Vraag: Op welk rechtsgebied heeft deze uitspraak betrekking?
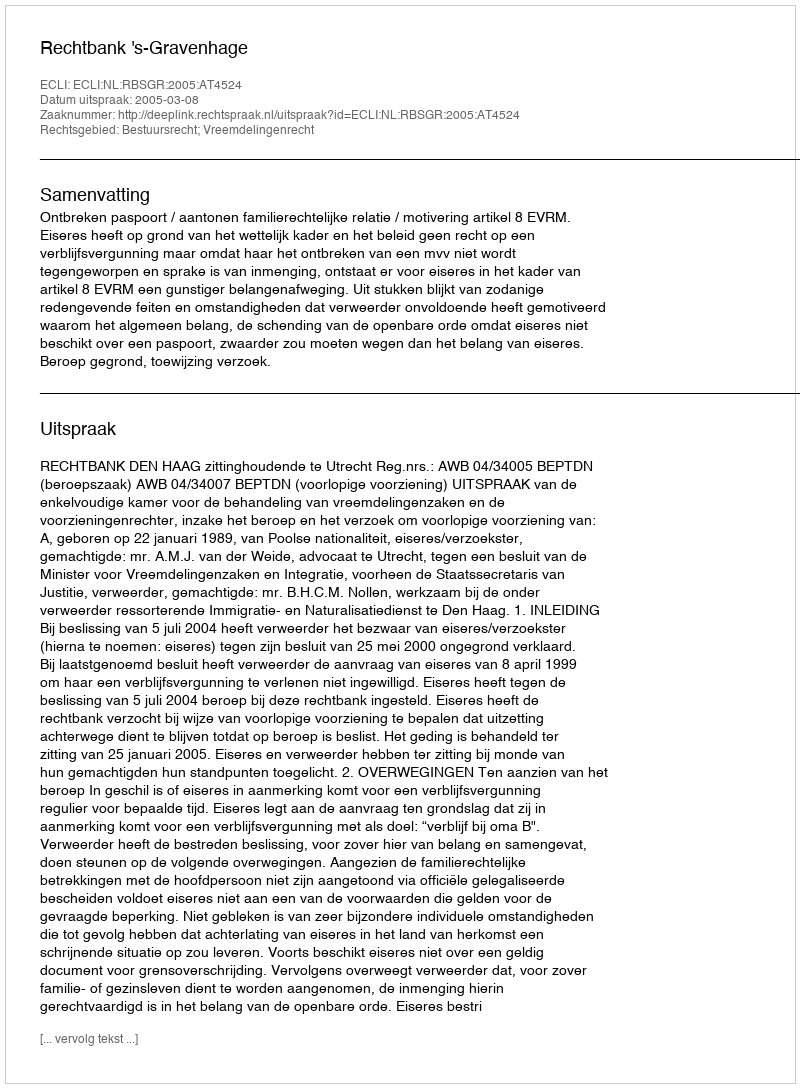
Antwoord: Bestuursrecht; Vreemdelingenrecht